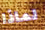
لماذا